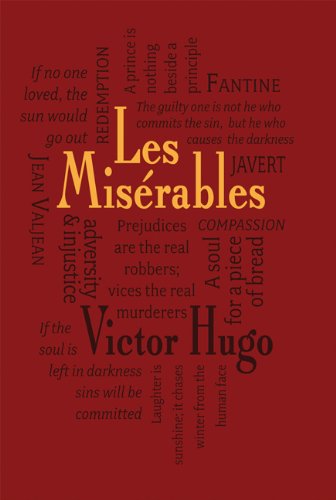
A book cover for Les Miserables (Word Cloud Classics); Victor Hugo; Literature & Fiction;